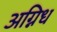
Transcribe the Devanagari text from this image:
अग्निध